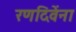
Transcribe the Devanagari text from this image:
रणदिवेंना